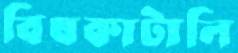
বিষকাটালি